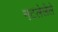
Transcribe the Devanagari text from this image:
नटलेलेले